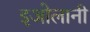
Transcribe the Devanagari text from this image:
इओलानी